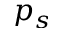
p _ { s }